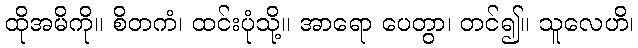
ထိုအမိကို။ စိတကံ၊ ထင်းပုံသို့။ အာရော ပေတွာ၊ တင်၍။ သူလေဟိ၊